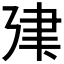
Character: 𢌤